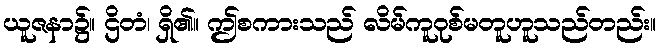
ယူဇနာ၌။ ဌိတံ၊ ရှိ၏။ ဤစကားသည် လိမ်ကူဝုစ်မတူဟူသည်တည်း။